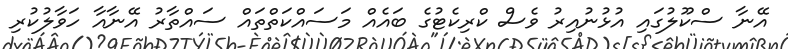
އޭނާ ސްކޫލުގައި އުޅުނުއިރު ވެސް ކްރިކެޓުގެ ބައެއް މަސައްކަތްތައް ސައްތާރު އޭނާއާ ހަވާލުކުރި